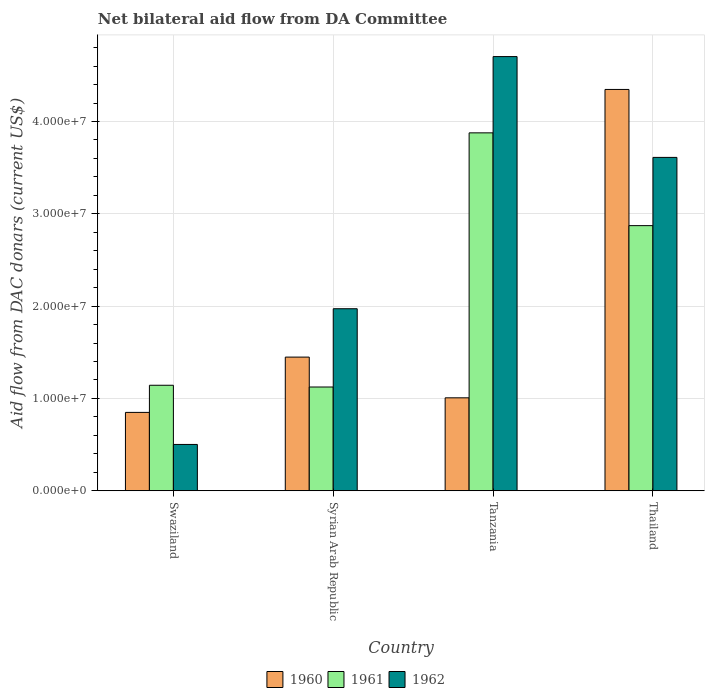
| Country | 1960 | 1961 | 1962 |
 | --- | --- | --- | --- |
 | Swaziland | 8.49e+06 | 1.14e+07 | 5.02e+06 |
 | Syrian Arab Republic | 1.45e+07 | 1.12e+07 | 1.97e+07 |
 | Tanzania | 1.01e+07 | 3.88e+07 | 4.7e+07 |
 | Thailand | 4.35e+07 | 2.87e+07 | 3.61e+07 |